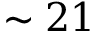
\sim 2 1